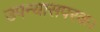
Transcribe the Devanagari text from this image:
उपन्यासपरक।